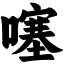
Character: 噻